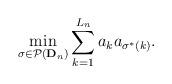
LaTeX: \begin{align*}\min_{\sigma \in \mathcal{P}({\bf D}_n)}\sum_{k = 1}^{L_n} a_k a_{\sigma^\ast(k)}.\end{align*}